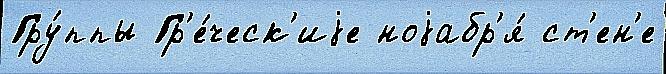
Гру́ппы Гр'е́ческ'иjе ноjабр'я́ ст'ен'е